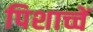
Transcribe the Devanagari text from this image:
पिशाच्चें